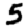
Digit: 5